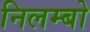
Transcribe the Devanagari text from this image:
निलम्‍बो